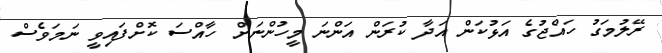
ރޭލުމަގު ހައްޖުގެ އަޅުކަން އަދާ ކުރަން އަންނަ މީހުންނަށް ހާއްސަ ކޮށްފައިވީ ނަމަވެސް